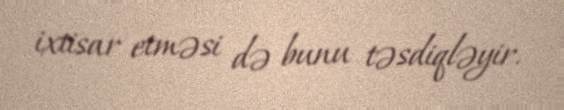
ixtisar etməsi də bunu təsdiqləyir.